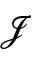
\mathcal { J }